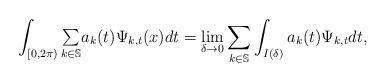
LaTeX: \begin{align*}\int_{\lbrack0,2\pi)}{\textstyle\sum\limits_{k\in\mathbb{S}}}a_{k}(t)\Psi_{k,t}(x)dt=\lim_{\delta\rightarrow0}\sum_{k\in\mathbb{S}}\int\nolimits_{I(\delta)}a_{k}(t)\Psi_{k,t}dt,\end{align*}